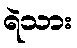
ရဲသား